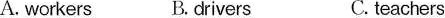
A. workers B.drivers C. teachers